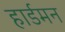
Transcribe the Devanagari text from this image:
हार्डमन